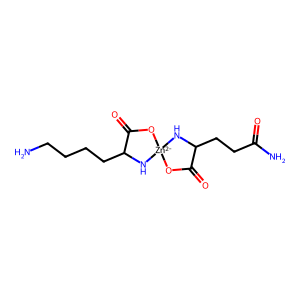
SMILES: NCCCCC1N[Zn-2]2(NC(CCC(N)=O)C(=O)O2)OC1=O
Inhibits HIV replication: No